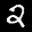
Label: 2